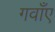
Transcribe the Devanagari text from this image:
गवाँए